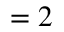
= 2